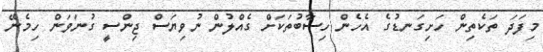
މިފަދަ ތަކެތިން ހަށިގަނޑުގެ އެހެން ހިސާބުތަކަށް ގެއްލުން ނުވިޔަސް ޖިންސީ ގުނަވަން ހިމެނޭ